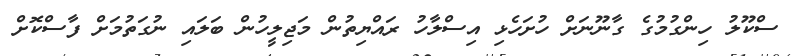
ސްކޫލު ހިންގުމުގެ ގާނޫނަށް ހުށަހެޅި އިސްލާހު ރައްޔިތުން މަޖިލީހުން ބަލައި ނުގަތުމަށް ފާސްކޮށް